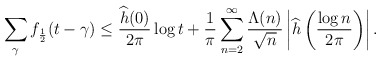
\begin{align*}\sum_{\gamma}f_{\frac{1}{2}}(t-\gamma)\leq \frac{\widehat{h}(0)}{2\pi}\log t +\frac{1}{\pi}\sum_{n=2}^\infty\frac{\Lambda(n)}{\sqrt{n}}\left|\widehat{h}\left(\frac{\log n}{2\pi}\right)\right|.\end{align*}